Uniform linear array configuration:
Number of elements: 24
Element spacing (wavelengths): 1
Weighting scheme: hann
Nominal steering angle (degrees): -45
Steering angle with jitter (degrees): -46.462
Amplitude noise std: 0.05
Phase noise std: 0.05

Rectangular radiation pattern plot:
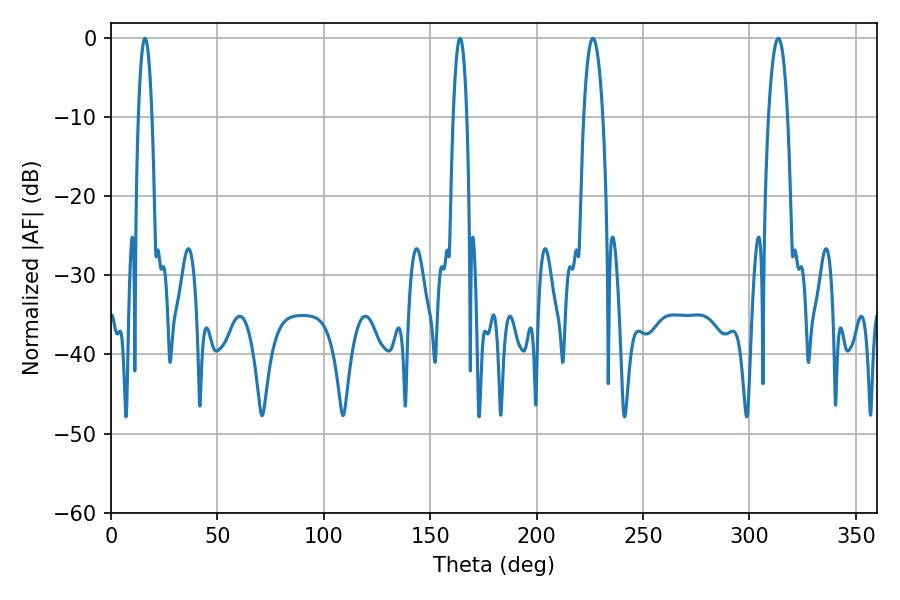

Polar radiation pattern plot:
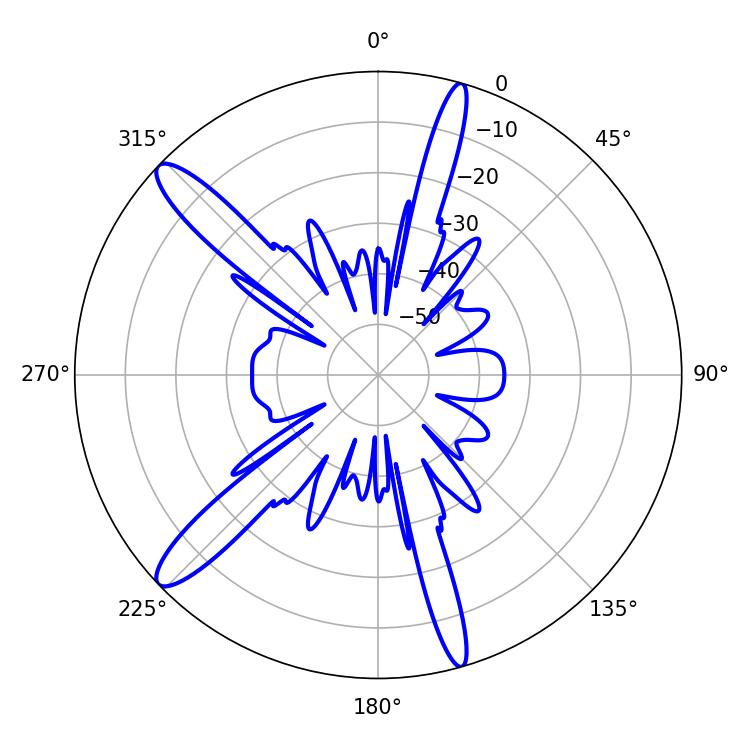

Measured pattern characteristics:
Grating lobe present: TRUE
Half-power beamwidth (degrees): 5.04
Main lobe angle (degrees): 226.44